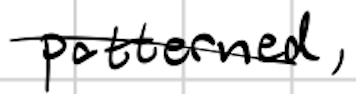
Text: patterned,
Cross-out: diagonal
Writing tool: digital_black